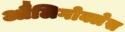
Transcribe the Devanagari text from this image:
औलिगोक्लेस